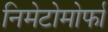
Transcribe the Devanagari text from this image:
निमेटोमोर्फा